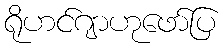
ရိုဟင်ဂျာဟုဖော်ပြ